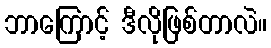
ဘာကြောင့် ဒီလိုဖြစ်တာလဲ။